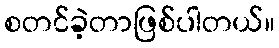
စတင်ခဲ့တာဖြစ်ပါတယ်။